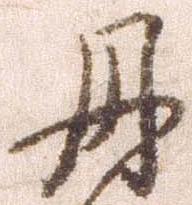
丹